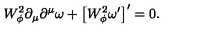
W _ { \phi } ^ { 2 } \partial _ { \mu } \partial ^ { \mu } \omega + \left[ W _ { \phi } ^ { 2 } \omega ^ { \prime } \right] ^ { \prime } = 0 .